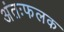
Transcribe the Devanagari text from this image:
अंतःफलक